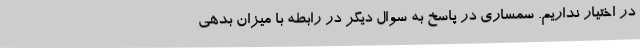
در اختیار نداریم. سمساری در پاسخ به سوال دیگر در رابطه با میزان بدهی